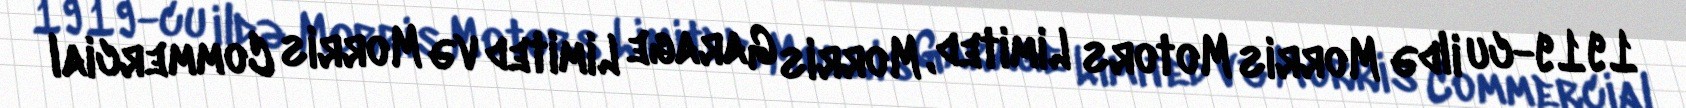
1919-cu ildə Morris Motors Limited, Morris Garage Limited və Morris Commercial